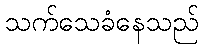
သက်သေခံနေသည်